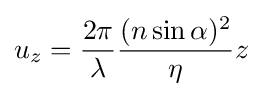
u_{z}={\frac {2\pi }{\lambda }}{\frac {(n\sin \alpha )^{2}}{\eta }}z